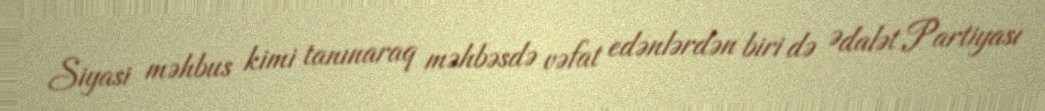
Siyasi məhbus kimi tanınaraq məhbəsdə vəfat edənlərdən biri də Ədalət Partiyası